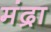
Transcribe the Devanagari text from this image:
मंद्रा